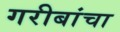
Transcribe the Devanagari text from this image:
गरीबांचा